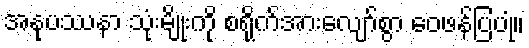
အနုပဿနာ သုံးမျိုးကို စရိုက်အားလျော်စွာ ဝေဖန်ပြပုံ။